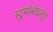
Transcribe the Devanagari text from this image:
स्टुर्माब्तेइलुंग